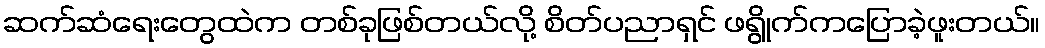
ဆက်ဆံရေးတွေထဲက တစ်ခုဖြစ်တယ်လို့ စိတ်ပညာရှင် ဖရွိုက်ကပြောခဲ့ဖူးတယ်။